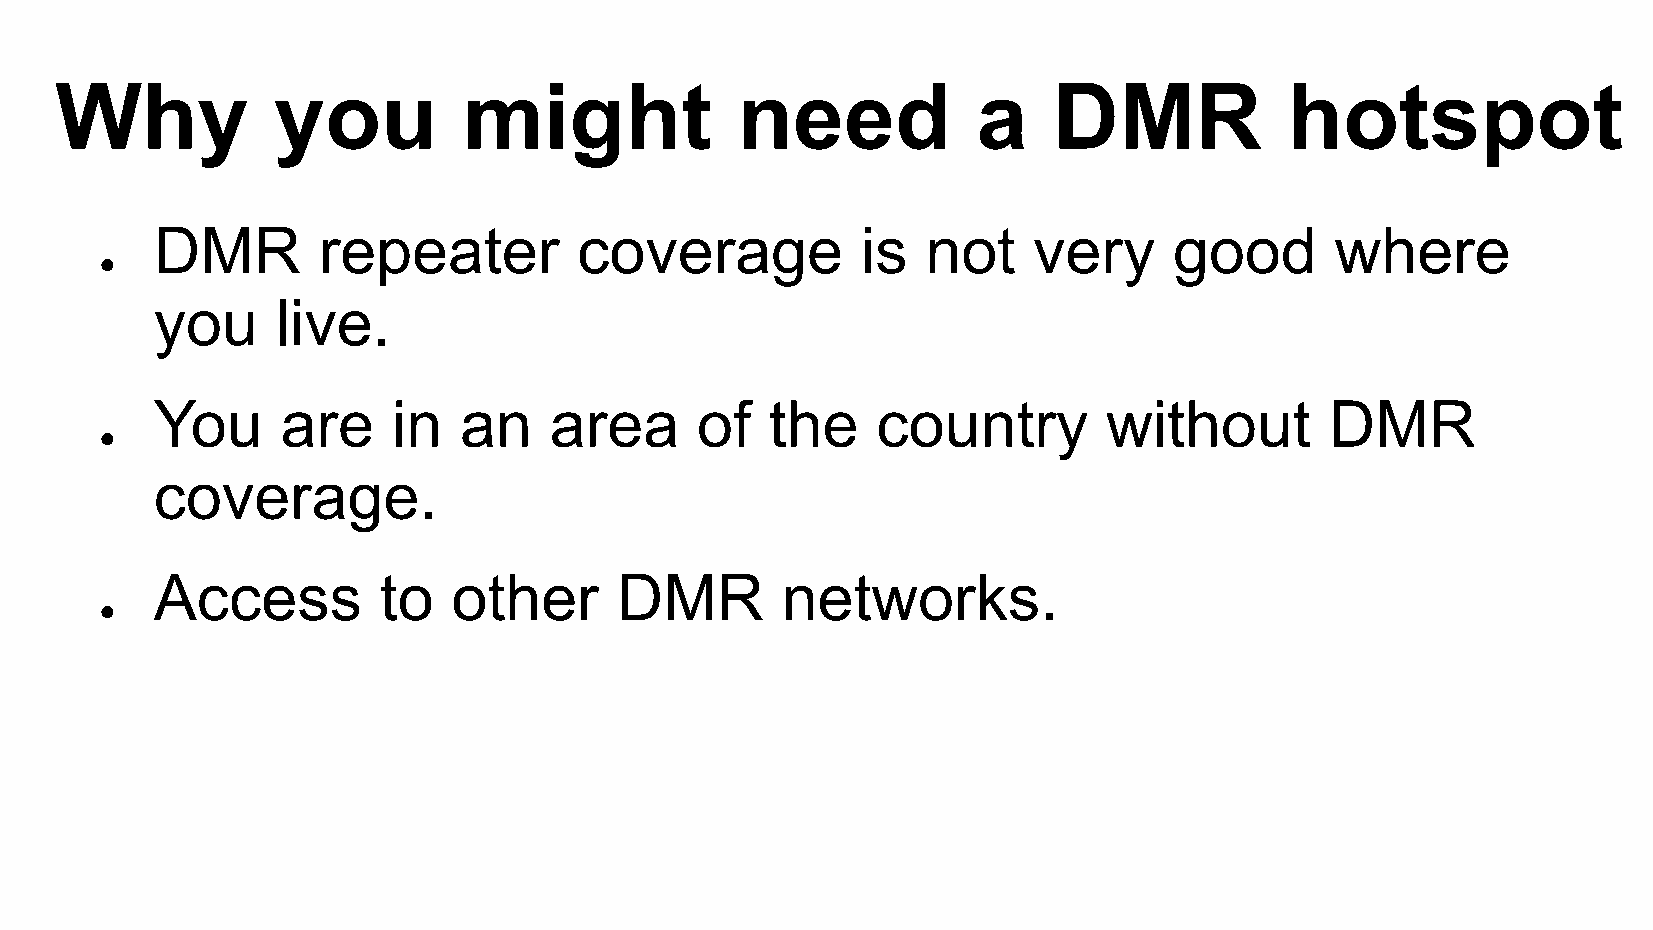
Why           you          might             need            a    DMR            hotspot
 DMR        repeater         coverage           is  not    very      good      where
 ●
 you     live.
 You      are    in  an    area      of   the    country        without        DMR
 ●
 coverage.
 Access         to   other      DMR        networks.
 ●